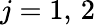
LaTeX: j=1,\, 2